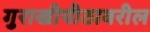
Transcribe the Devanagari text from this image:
गुराखीपीठावरील